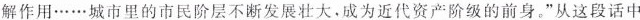
解作用……城市里的市民阶层不断发展壮大，成为近代资产阶级的前身。”从这段话中